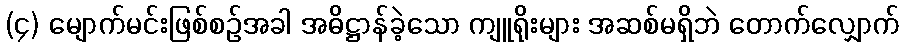
(၄) မျောက်မင်းဖြစ်စဉ်အခါ အဓိဋ္ဌာန်ခဲ့သော ကျူရိုးများ အဆစ်မရှိဘဲ တောက်လျှောက်